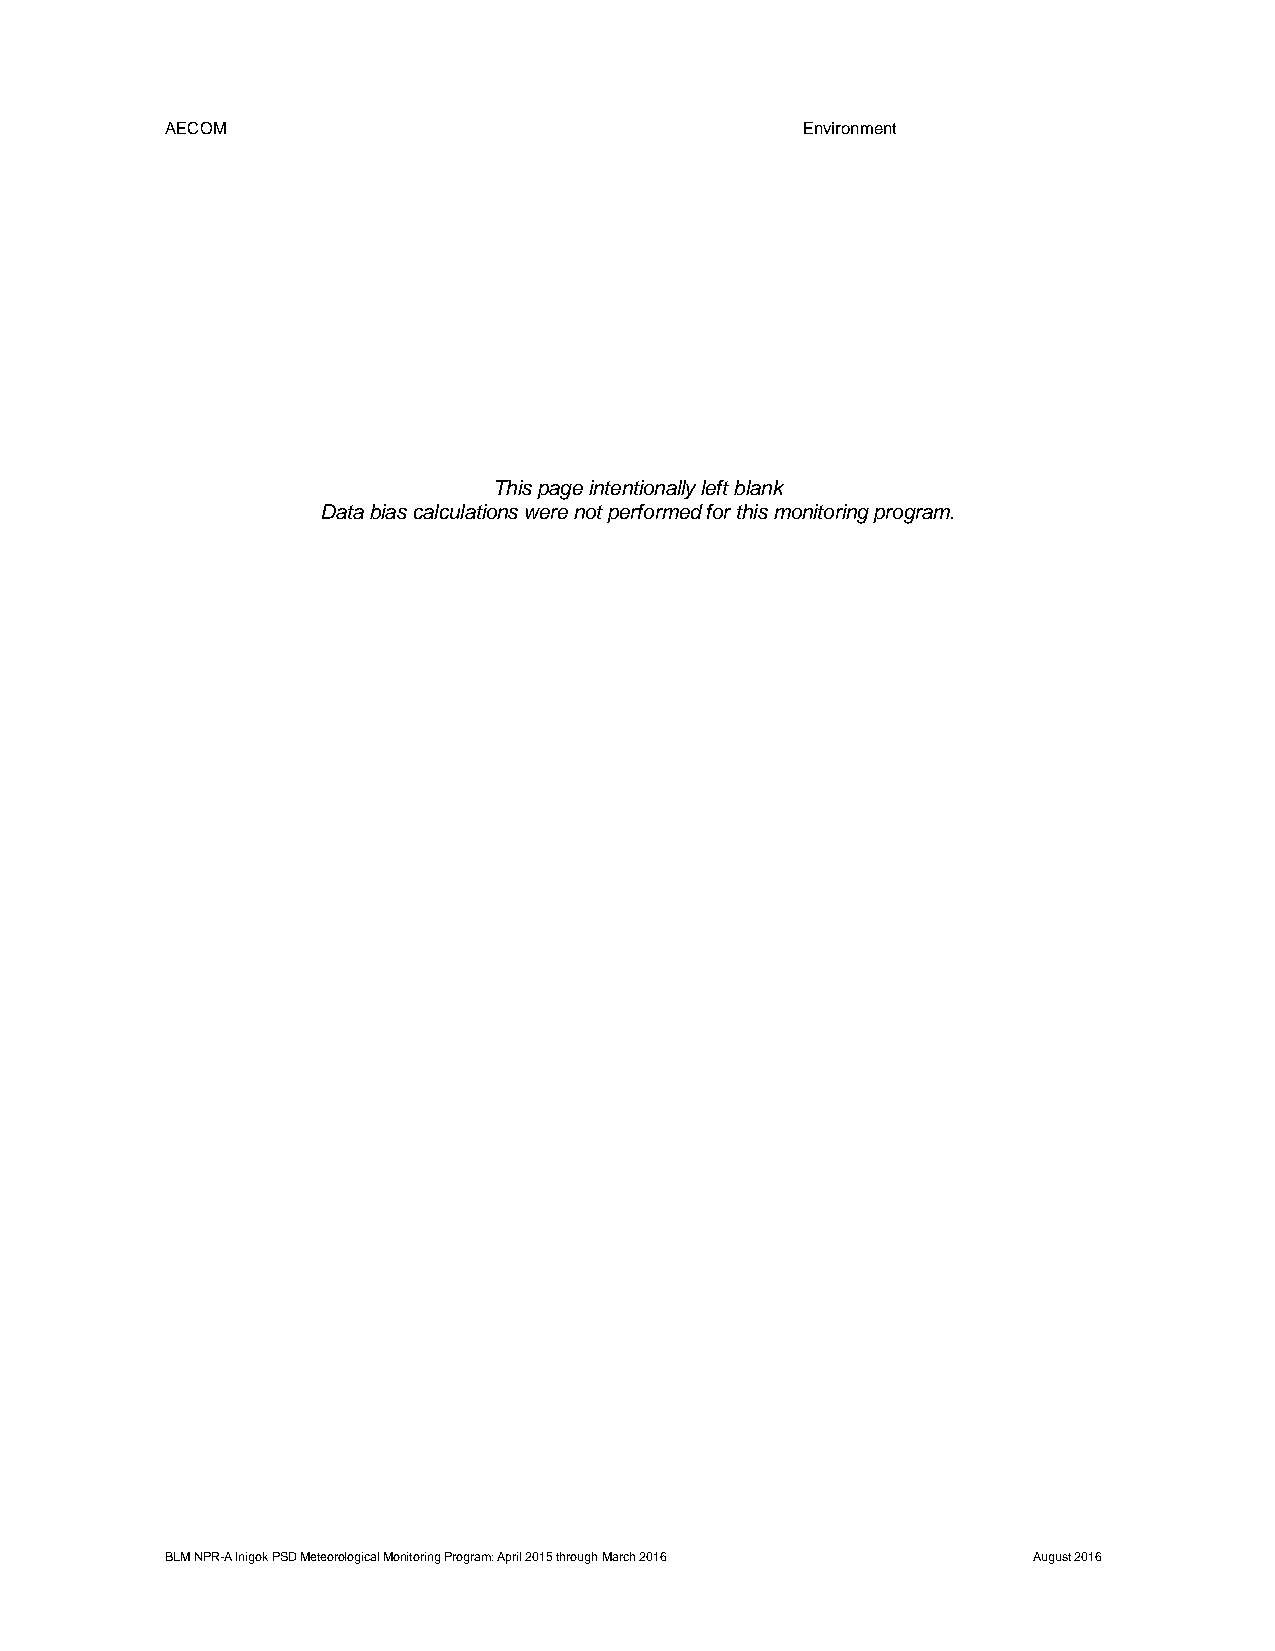
AECOM                                     Environment
 This page intentionally left blank
 Data bias calculations were not performed for this monitoring program.
 BLM NPR-A Inigok PSD Meteorological Monitoring Program: April 2015 through March 2016 August 2016